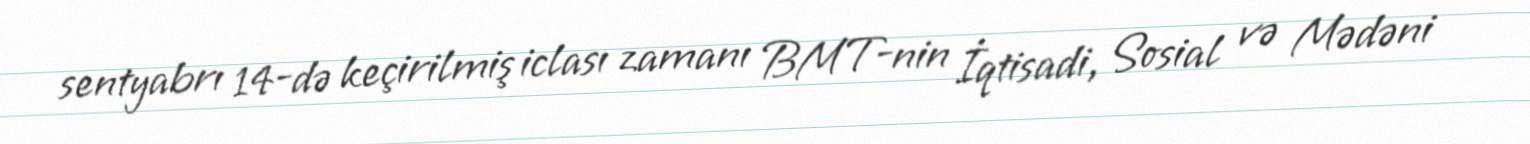
sentyabrı 14-də keçirilmiş iclası zamanı BMT-nin İqtisadi, Sosial və Mədəni